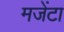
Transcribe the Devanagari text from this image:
मजेंटा